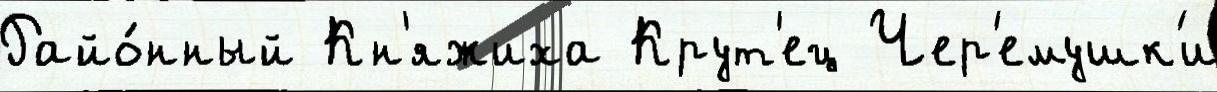
Райо́нный Кн'яжиха Крут'ец Чер'емушк'и